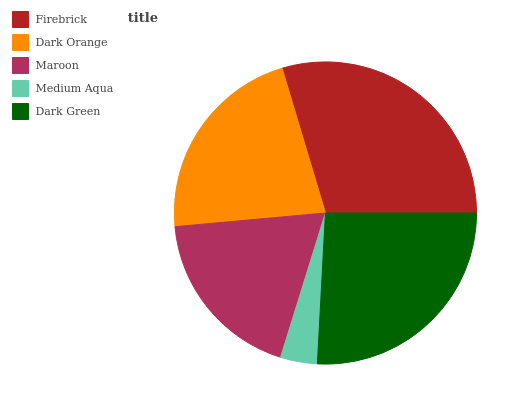
| Firebrick | Dark Orange | Maroon | Medium Aqua | Dark Green |
 | --- | --- | --- | --- | --- |
 | 29.6% | 21.8% | 18.8% | 3.95% | 25.8% |